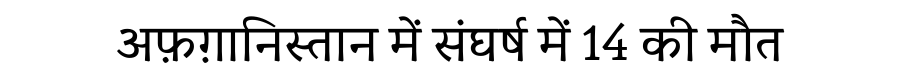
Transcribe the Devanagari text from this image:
अफ़ग़ानिस्तान में संघर्ष में 14 की मौत